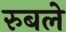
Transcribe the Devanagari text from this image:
रुबले